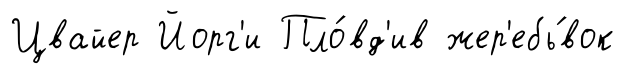
Цвайер Йорг'и Пло́вд'ив жер'ебь́вок